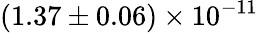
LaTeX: (1.37\pm 0.06)\times 10^{-11}